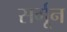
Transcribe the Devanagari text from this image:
सर्गून